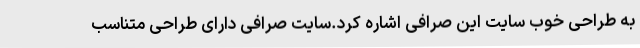
به طراحی خوب سایت این صرافی اشاره کرد.سایت صرافی دارای طراحی متناسب